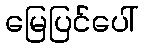
မြေပြင်ပေါ်